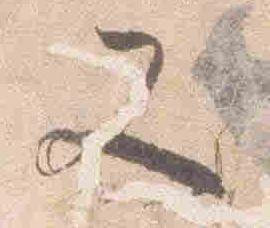
又